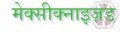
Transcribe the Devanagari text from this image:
मेक्सीक्नाइज़ड